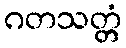
ဂတသတ္တံ